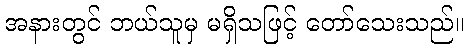
အနားတွင် ဘယ်သူမှ မရှိသဖြင့် တော်သေးသည်။